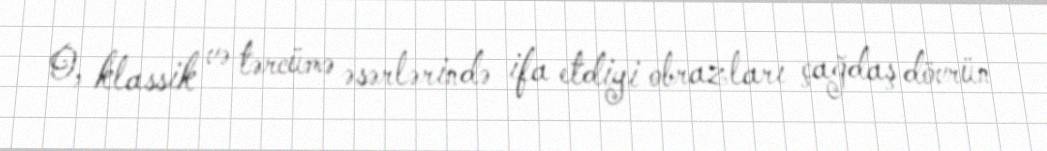
O, klassik və tərcümə əsərlərində ifa etdiyi obrazları çağdaş dövrün